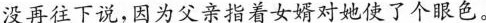
没再往下说，因为父亲指着女婿对她使了个眼色。